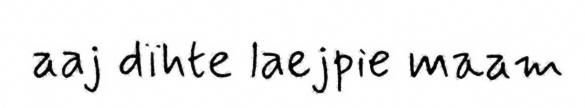
aaj dïhte laejpie maam